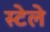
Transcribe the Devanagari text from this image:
स्टेले